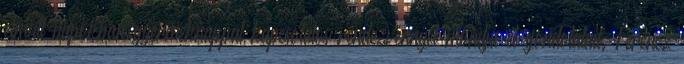
elmúlt napokban gyermeknappal kapcsolatos rendezvénnyel mondja el gondolatait. Ferencz